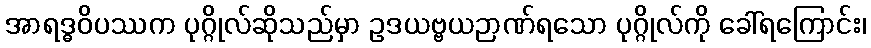
အာရဒ္ဓဝိပဿက ပုဂ္ဂိုလ်ဆိုသည်မှာ ဥဒယဗ္ဗယဉာဏ်ရသော ပုဂ္ဂိုလ်ကို ခေါ်ရကြောင်း၊